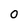
Character: 0